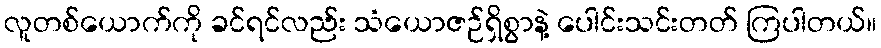
လူတစ်ယောက်ကို ခင်ရင်လည်း သံယောဇဉ်ရှိစွာနဲ့ ပေါင်းသင်းတတ် ကြပါတယ်။